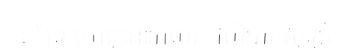
គាំទ្រ ហេតុនេះរាល់ការលំបាកសុទ្ធតែ